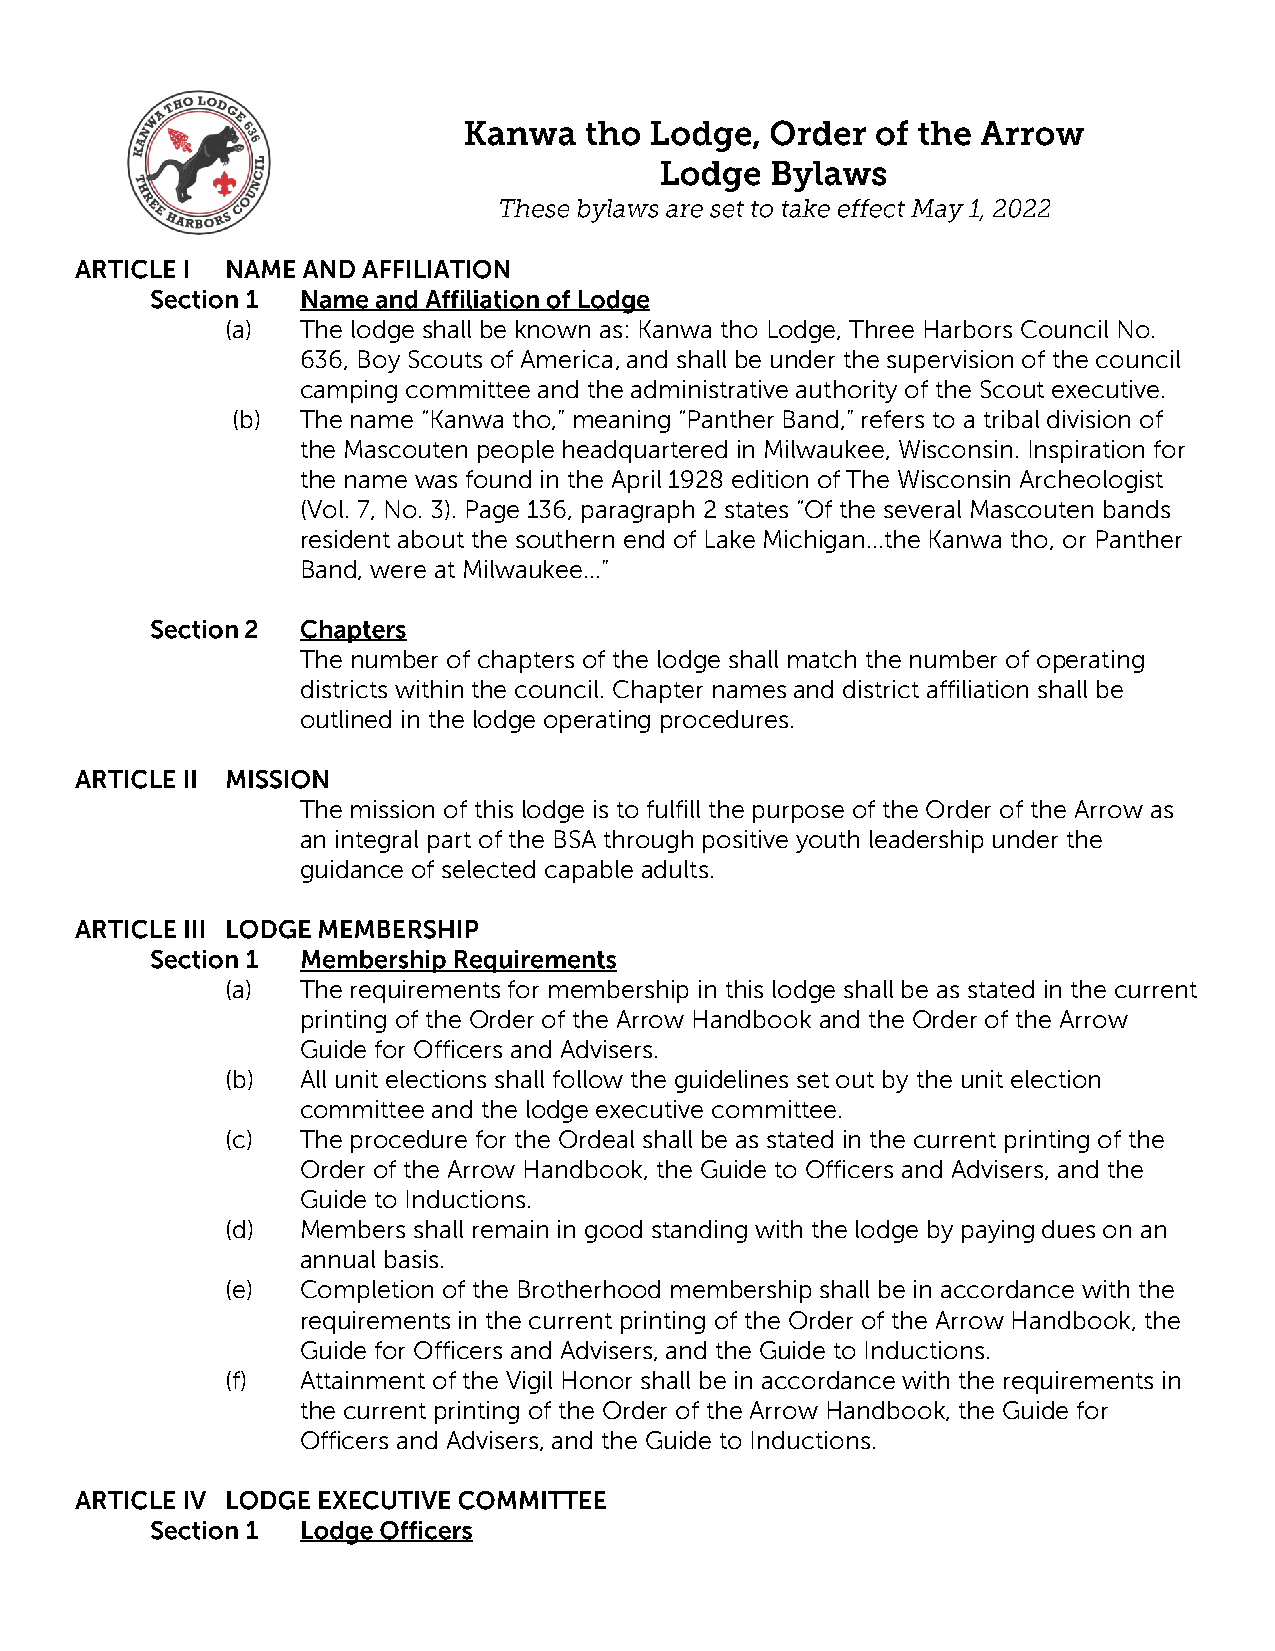
(a)  The lodge shall be known as: Kanwa tho Lodge, Three Harbors Council No.
 636, Boy Scouts of America, and shall be under the supervision of the council
 camping committee and the administrative authority of the Scout executive.
 (b)  The name “Kanwa tho,” meaning “Panther Band,” refers to a tribal division of
 the Mascouten people headquartered in Milwaukee, Wisconsin. Inspiration for
 the name was found in the April 1928 edition of The Wisconsin Archeologist
 (Vol. 7, No. 3). Page 136, paragraph 2 states “Of the several Mascouten bands
 resident about the southern end of Lake Michigan…the Kanwa tho, or Panther
 Band, were at Milwaukee…”
 The number of chapters of the lodge shall match the number of operating
 districts within the council. Chapter names and district affiliation shall be
 outlined in the lodge operating procedures.
 The mission of this lodge is to fulfill the purpose of the Order of the Arrow as
 an integral part of the BSA through positive youth leadership under the
 guidance of selected capable adults.
 (a)  The requirements for membership in this lodge shall be as stated in the current
 printing of the Order of the Arrow Handbook and the Order of the Arrow
 Guide for Officers and Advisers.
 (b)  All unit elections shall follow the guidelines set out by the unit election
 committee and the lodge executive committee.
 (c)  The procedure for the Ordeal shall be as stated in the current printing of the
 Order of the Arrow Handbook, the Guide to Officers and Advisers, and the
 Guide to Inductions.
 (d)  Members shall remain in good standing with the lodge by paying dues on an
 annual basis.
 (e)  Completion of the Brotherhood membership shall be in accordance with the
 requirements in the current printing of the Order of the Arrow Handbook, the
 Guide for Officers and Advisers, and the Guide to Inductions.
 (f)  Attainment of the Vigil Honor shall be in accordance with the requirements in
 the current printing of the Order of the Arrow Handbook, the Guide for
 Officers and Advisers, and the Guide to Inductions.